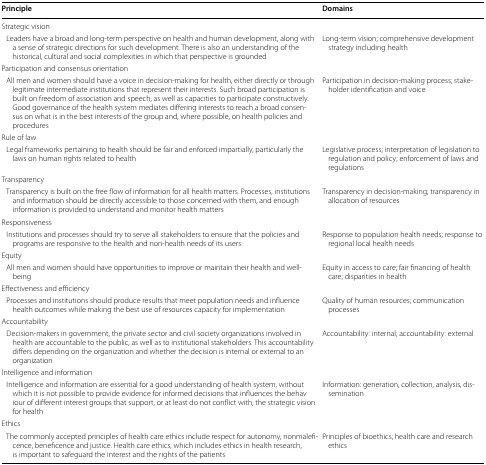
<table><thead><tr><td><b>Principle</b></td><td><b>Domains</b></td></tr></thead><tbody><tr><td colspan="2">Strategic vision</td></tr><tr><td> Leaders have a broad and long-term perspective on health and human development, along with a sense of strategic directions for such development. There is also an understanding of the historical, cultural and social complexities in which that perspective is grounded</td><td>Long-term vision; comprehensive development strategy including health</td></tr><tr><td colspan="2">Participation and consensus orientation</td></tr><tr><td> All men and women should have a voice in decision-making for health, either directly or through legitimate intermediate institutions that represent their interests. Such broad participation is built on freedom of association and speech, as well as capacities to participate constructively. Good governance of the health system mediates differing interests to reach a broad consensus on what is in the best interests of the group and, where possible, on health policies and procedures</td><td>Participation in decision-making process; stakeholder identification and voice</td></tr><tr><td colspan="2">Rule of law</td></tr><tr><td> Legal frameworks pertaining to health should be fair and enforced impartially, particularly the laws on human rights related to health</td><td>Legislative process; interpretation of legislation to regulation and policy; enforcement of laws and regulations</td></tr><tr><td colspan="2">Transparency</td></tr><tr><td> Transparency is built on the free flow of information for all health matters. Processes, institutions and information should be directly accessible to those concerned with them, and enough information is provided to understand and monitor health matters</td><td>Transparency in decision-making; transparency in allocation of resources</td></tr><tr><td colspan="2">Responsiveness</td></tr><tr><td> Institutions and processes should try to serve all stakeholders to ensure that the policies and programs are responsive to the health and non-health needs of its users</td><td>Response to population health needs; response to regional local health needs</td></tr><tr><td colspan="2">Equity</td></tr><tr><td> All men and women should have opportunities to improve or maintain their health and well-being</td><td>Equity in access to care; fair financing of health care; disparities in health</td></tr><tr><td colspan="2">Effectiveness and efficiency</td></tr><tr><td> Processes and institutions should produce results that meet population needs and influence health outcomes while making the best use of resources capacity for implementation</td><td>Quality of human resources; communication processes</td></tr><tr><td colspan="2">Accountability</td></tr><tr><td> Decision-makers in government, the private sector and civil society organizations involved in health are accountable to the public, as well as to institutional stakeholders. This accountability differs depending on the organization and whether the decision is internal or external to an organization</td><td>Accountability: internal; accountability: external</td></tr><tr><td colspan="2">Intelligence and information</td></tr><tr><td> Intelligence and information are essential for a good understanding of health system, without which it is not possible to provide evidence for informed decisions that influences the behaviour of different interest groups that support, or at least do not conflict with, the strategic vision for health</td><td>Information: generation, collection, analysis, dissemination</td></tr><tr><td colspan="2">Ethics</td></tr><tr><td> The commonly accepted principles of health care ethics include respect for autonomy, nonmaleficence, beneficence and justice. Health care ethics, which includes ethics in health research, is important to safeguard the interest and the rights of the patients</td><td>Principles of bioethics; health care and research ethics</td></tr></tbody></table>